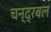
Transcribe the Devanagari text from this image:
चन्द्रबल